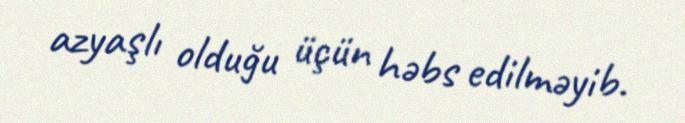
azyaşlı olduğu üçün həbs edilməyib.